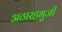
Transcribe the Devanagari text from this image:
अठारहभुजी